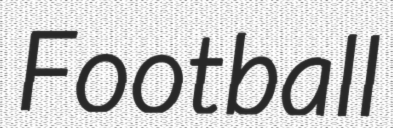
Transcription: Football